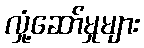
လှုံ့ဆော်မှုများ